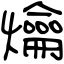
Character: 爚